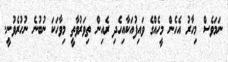
ނަމަވެސް މިހާރު އެހެން މީހެއްގެ ވައިފުއަކާއިހެދި ރެއިން ތިވަރުވާތީ މިވާހަކަ ނުބުނެ ނުހުރެވުނީ.